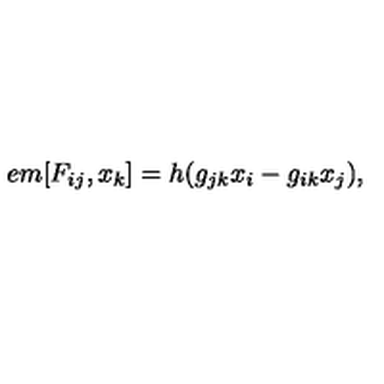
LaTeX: \hspace { + 5 e m } [ F _ { i j } , x _ { k } ] = h ( g _ { j k } x _ { i } - g _ { i k } x _ { j } ) ,